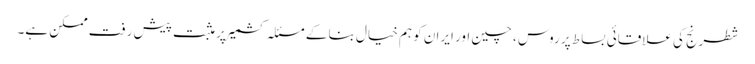
شطرنج کی علاقائی بساط پر روس ، چین اور ایران کو ہم خیال بنا کے مسئلہ کشمیر پر مثبت پیش رفت ممکن ہے۔